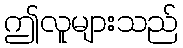
ဤလူများသည်